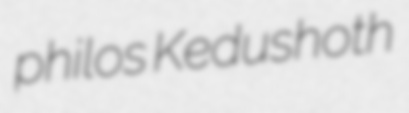
philos Kedushoth